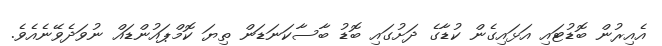
އެއިރުން ބޮޑުޓައި އަޅައިގެން ކުޑާގެ ދަށުގައި ބޮޑު ބާސާކަނަޑަން ތިޔަ ކޮމްޕައުންޑައް ނުވަދެވޭނެއެވެ.